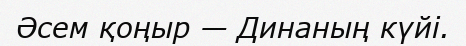
Әсем қоңыр — Динаның күйі.